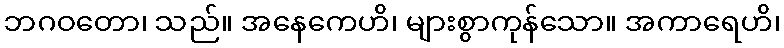
ဘဂဝတော၊ သည်။ အနေကေဟိ၊ များစွာကုန်သော။ အကာရေဟိ၊